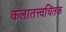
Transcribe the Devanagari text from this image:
कलातत्त्वचिंतक